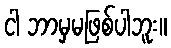
ငါ ဘာမှမဖြစ်ပါဘူး။